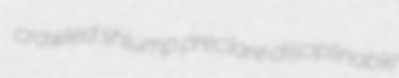
crawled shlump preclare disciplinable